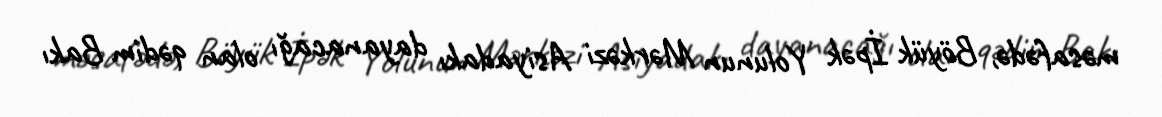
məsafədə, Böyük İpək Yolunun Mərkəzi Asiyadakı dayanacağı olan qədim Bakı